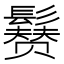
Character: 𩯒